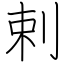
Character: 剌